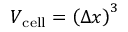
V _ { \mathrm { c e l l } } = \left( \Delta x \right) ^ { 3 }